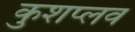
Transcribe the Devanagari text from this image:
कुशप्लव